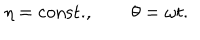
\eta = \mathrm { c o n s t . } , \qquad \theta = \omega t .